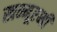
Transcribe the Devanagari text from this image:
खम्मूरब्बी